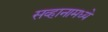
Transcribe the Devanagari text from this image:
सव्हानामध्ये